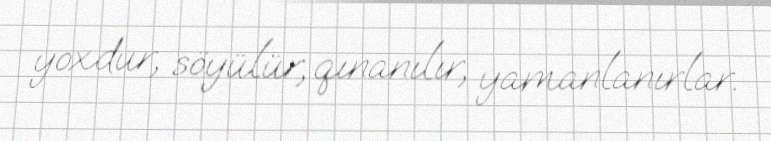
yoxdur, söyülür, qınanılır, yamanlanırlar.